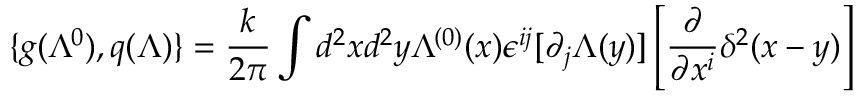
\{ g ( \Lambda ^ { 0 } ) , q ( \Lambda ) \} = \frac k { 2 \pi } \int d ^ { 2 } x d ^ { 2 } y \Lambda ^ { ( 0 ) } ( x ) \epsilon ^ { i j } [ \partial _ { j } \Lambda ( y ) ] \left[ \frac \partial { \partial x ^ { i } } \delta ^ { 2 } ( x - y ) \right]